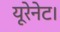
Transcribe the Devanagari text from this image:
यूरेनेट।